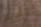
التقديم